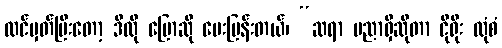
ထင်မှတ်ပြီးတော့ ဒီလို ပြောဆို မေးမြန်းတယ်၊ “ဆရာ ပညာရှိဆိုတာ ငိုရိုး ထုံစံ